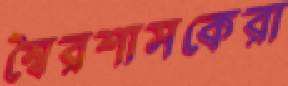
স্বৈরশাসকেরা